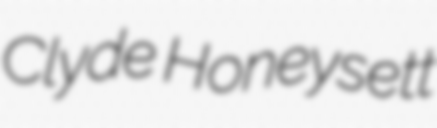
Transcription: Clyde Honeysett